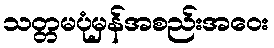
သတ္တမပုံမှန်အစည်းအဝေး